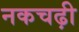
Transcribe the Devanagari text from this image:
नकचढ़ी